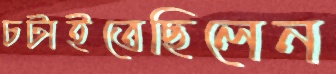
চটাইতেছিলেন